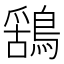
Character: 𮭆